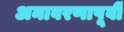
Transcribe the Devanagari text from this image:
अनावरणापूर्वी